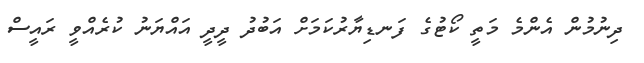
ދިނުމުން އެންމެ މަތީ ކޯޓުގެ ފަނޑިޔާރުކަމަށް އަބުދު ދީދީ އައްޔަނު ކުރެއްވީ ރައީސް